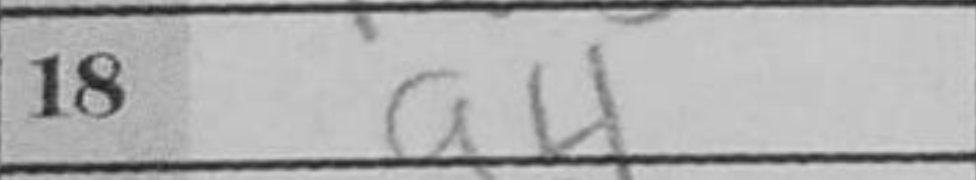
Transcription: a4